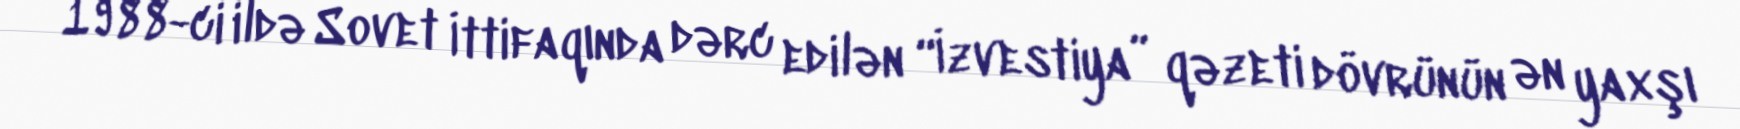
1988-ci ildə Sovet İttifaqında dərc edilən “İzvestiya” qəzeti dövrünün ən yaxşı